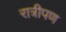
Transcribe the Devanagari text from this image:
रात्रीपण